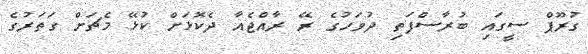
ގުރޫޕް ސީގައި ބުރާސްފަތި ދުވަހުގެ ރޭ ރާއްޖެއާ ދެކޮޅަށް ކުޅޭ މެޗަށް ގަތަރުގެ